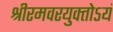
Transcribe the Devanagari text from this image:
श्रीरमवरयुक्‍तोऽयं